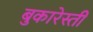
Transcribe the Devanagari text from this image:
बुकारेस्ती